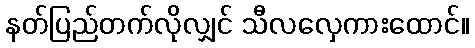
နတ်ပြည်တက်လိုလျှင် သီလလှေကားထောင်။